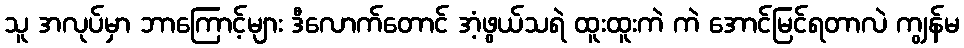
သူ အလုပ်မှာ ဘာကြောင့်များ ဒီလောက်တောင် အံ့ဖွယ်သရဲ ထူးထူးကဲ ကဲ အောင်မြင်ရတာလဲ ကျွန်မ